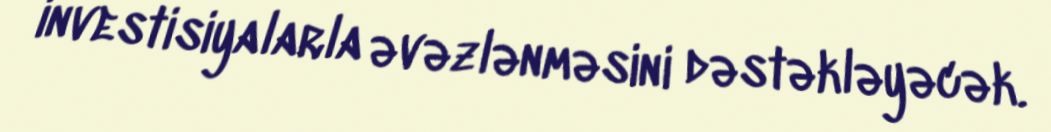
investisiyalarla əvəzlənməsini dəstəkləyəcək.